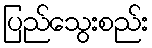
ပြည်သွေးစည်း